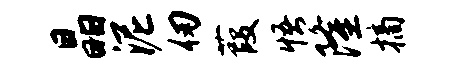
晶泥仞葭悟隆摘